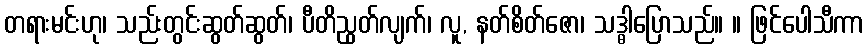
တရားမင်းဟု၊ သည်းတွင်းဆွတ်ဆွတ်၊ ပီတိညွတ်လျက်၊ လူ, နတ်စိတ်ဇော၊ သဒ္ဓါပြောသည်။ ။ ဖြင်ပေါသီကာ